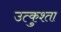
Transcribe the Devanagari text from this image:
उत्कुश्ता